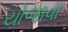
યોજાવા